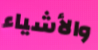
والأشياء